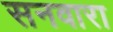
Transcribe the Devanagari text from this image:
सनवारा